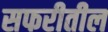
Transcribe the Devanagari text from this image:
सफरीतील